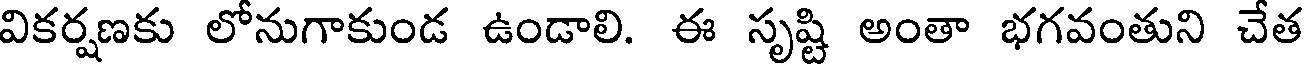
వికర్షణకు లోనుగాకుండ ఉండాలి. ఈ సృష్టి అంతా భగవంతుని చేత